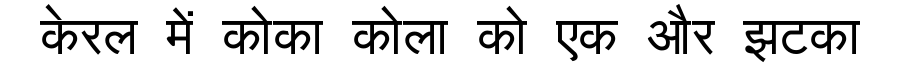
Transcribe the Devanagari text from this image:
केरल में कोका कोला को एक और झटका